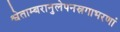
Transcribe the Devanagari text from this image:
श्वेताम्बरानुलेपनस्रगाभरणां